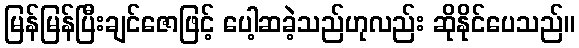
မြန်မြန်ပြီးချင်ဇောဖြင့် ပေါ့ဆခဲ့သည်ဟုလည်း ဆိုနိုင်ပေသည်။